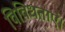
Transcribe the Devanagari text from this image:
विविधताएं।